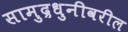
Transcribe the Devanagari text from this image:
सामुद्रधुनीवरील